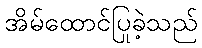
အိမ်ထောင်ပြုခဲ့သည်